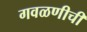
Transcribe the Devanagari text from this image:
गवळणीची